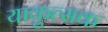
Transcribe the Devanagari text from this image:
याकुत्सक